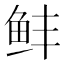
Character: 𬶆